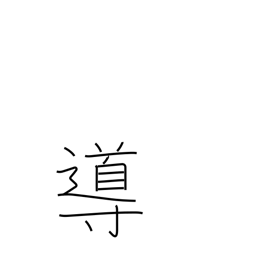
Meaning: guidance